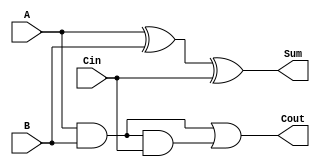
module FA(A, B, Cin, Sum, Cout);
	
	input A;
	input B;
	input Cin;
	output Sum;
	output Cout;
	
	/*
	wire S1, C1;
	wire S2, C2;
	wire C3;
	
	HA (A, B, S1, C1);
	HA (Cin, S1, S2, C2);
	or (C3, C1, C2);
	
	assign Sum = S2;
	assign Cout = C3;
	*/
	
	wire X1, S1, S2, C1, C2;
	xor (X1, A, B);
	and (S1, A, B);
	and (S2, S1, Cin);
	xor (C1, X1, Cin);
	or (C2, S1, S2);
	
	assign Sum = C1;
	assign Cout = C2;
	
endmodule